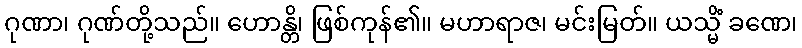
ဂုဏာ၊ ဂုဏ်တို့သည်။ ဟောန္တိ၊ ဖြစ်ကုန်၏။ မဟာရာဇ၊ မင်းမြတ်။ ယသ္မိံ ခဏေ၊